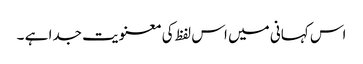
اس کہانی میں اس لفظ کی معنویت جدا ہے ۔